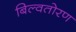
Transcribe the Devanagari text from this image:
बिल्वतोरण